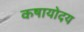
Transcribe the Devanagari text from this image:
कषायोदय